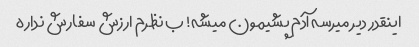
اینقدر دیر میرسه آدم پشیمون میشه! ب نظرم ارزش سفارش نداره